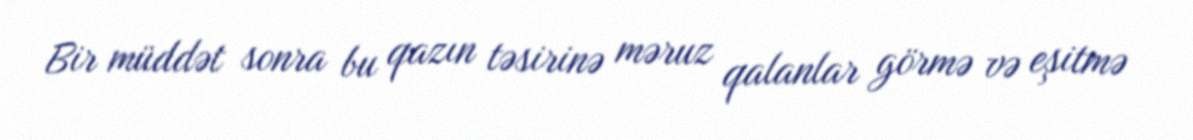
Bir müddət sonra bu qazın təsirinə məruz qalanlar görmə və eşitmə